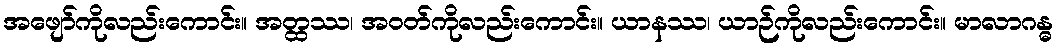
အဖျော်ကိုလည်းကောင်း။ အတ္ထဿ၊ အဝတ်ကိုလည်းကောင်း။ ယာနဿ၊ ယာဉ်ကိုလည်းကောင်း။ မာလာဂန္ဓ